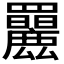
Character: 𦍄